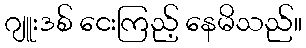
ဂျူးဒစ် ငေးကြည့် နေမိသည်။